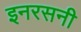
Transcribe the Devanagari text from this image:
इनरसनी